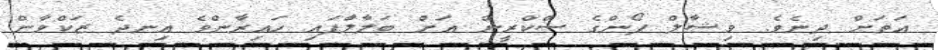
އަތަށް ދިނެވެ. ވިޝާލް ފޯންގެ ސްކްރީން އަށް ބަލާލަާފައި ހައިރާންވެ އިނދެ ޒަކްވާން